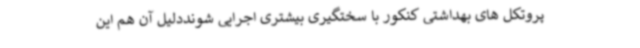
پروتکل های بهداشتی کنکور با سختگیری بیشتری اجرایی شونددلیل آن هم این